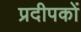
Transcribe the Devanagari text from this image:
प्रदीपकों